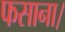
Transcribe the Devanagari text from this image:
फसाना।